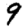
Digit: 9